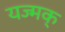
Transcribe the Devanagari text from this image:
यज्मक्